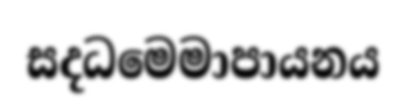
සදධමෙමාපායනය